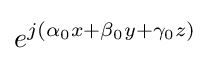
e^{j(\alpha _{0}x+\beta _{0}y+\gamma _{0}z)}